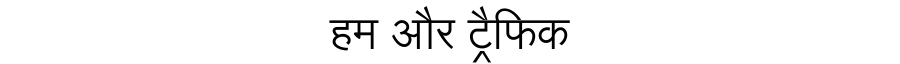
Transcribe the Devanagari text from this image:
हम और ट्रैफिक